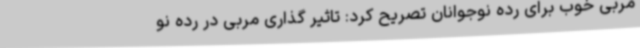
مربی خوب برای رده‌ نوجوانان تصریح کرد: تاثیر گذاری مربی در رده نو